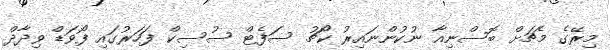
މިރޭގެ މެޗަށް ބޮސްނިއާ ނުކުންނައިރު ކޯޗު ސަފެޓް ސުސިކް ފަހަރުގައި ފޯވަޑް ވިދާދް